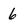
Character: 6